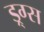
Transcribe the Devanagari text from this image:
ड्र्ग्स